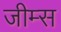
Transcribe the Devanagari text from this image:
जीम्स